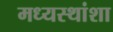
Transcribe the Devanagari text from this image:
मध्यस्थांशा